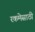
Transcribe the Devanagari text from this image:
रकमेसाठी